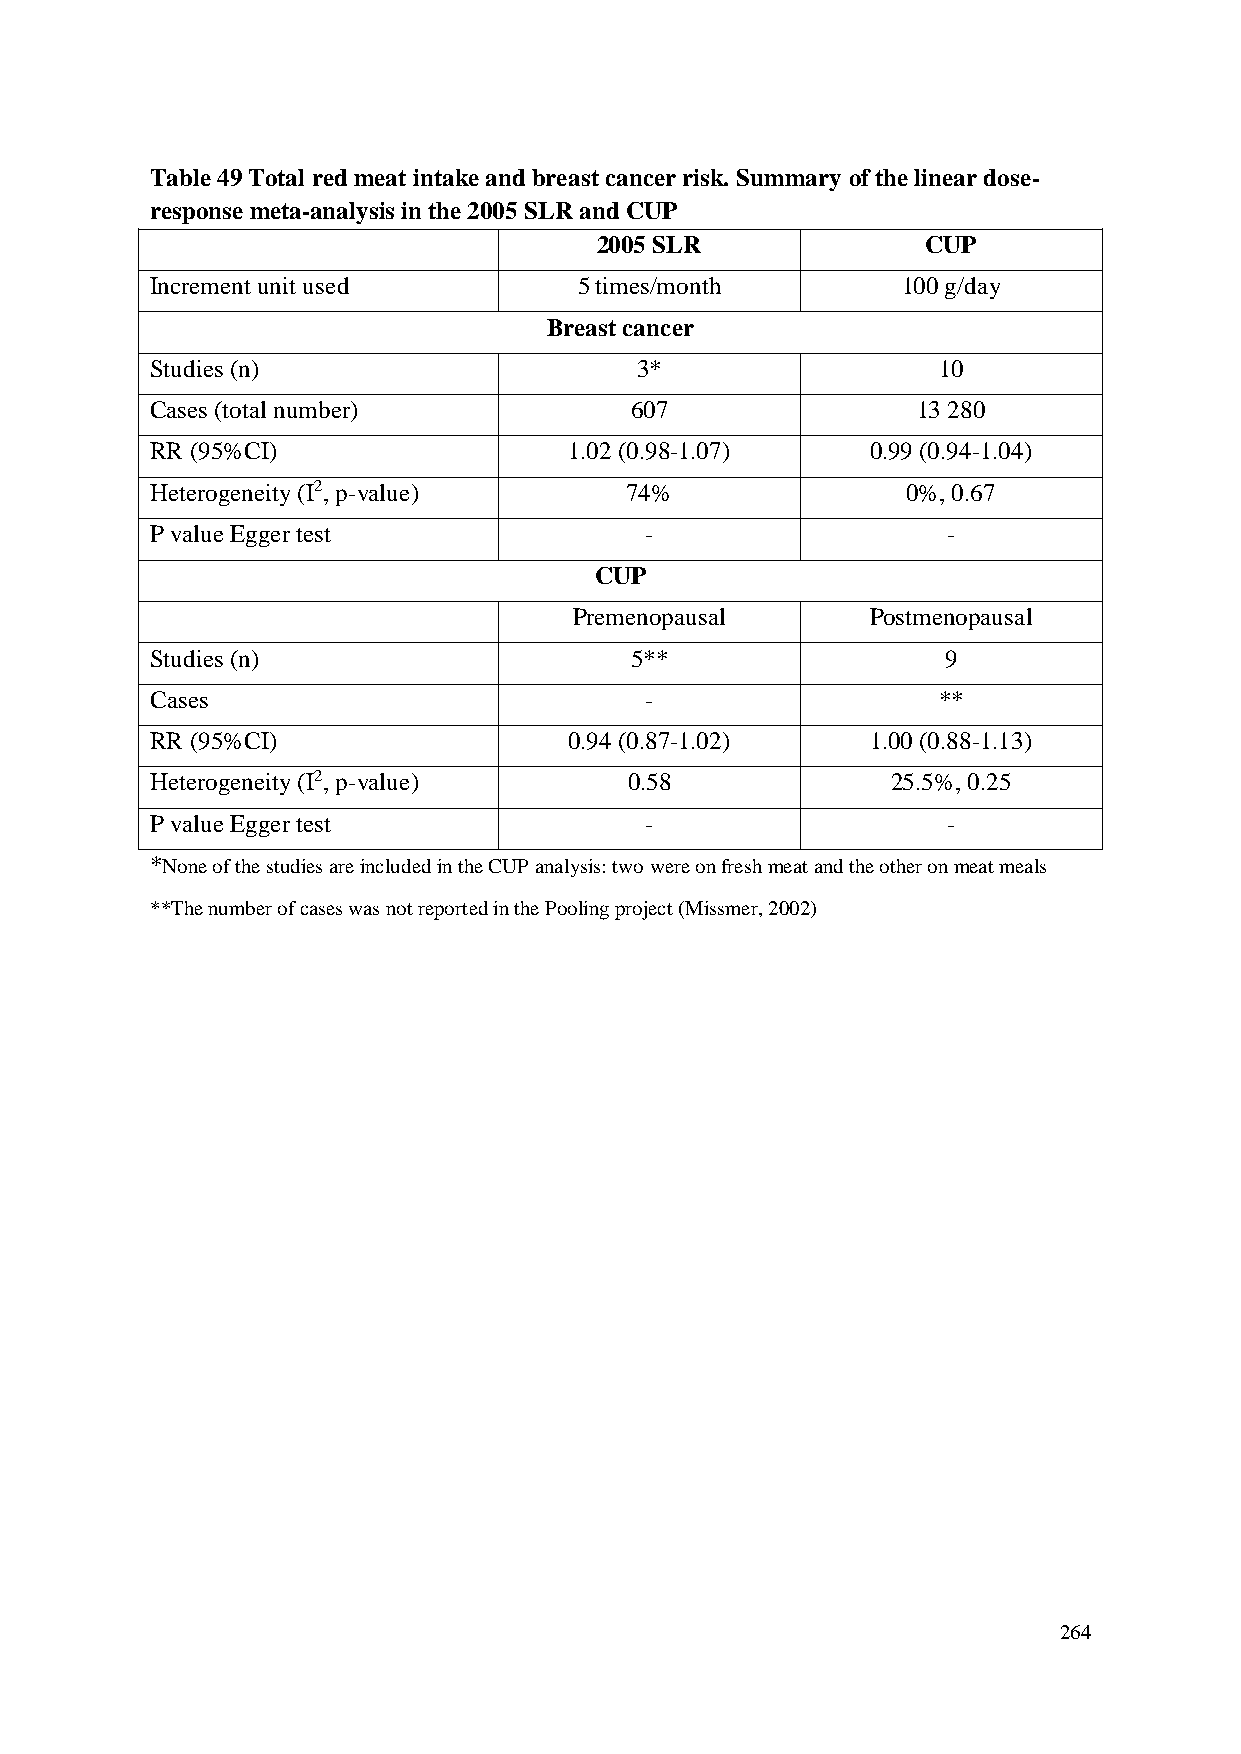
Table 49 Total red meat intake and breast cancer risk. Summary of the linear dose-
 response meta-analysis in the 2005 SLR and CUP
 2005 SLR              CUP
 Increment unit used         5 times/month         100 g/day
 Breast cancer
 Studies (n)                     3*                  10
 Cases (total number)            607                13 280
 RR (95%CI)                  1.02 (0.98-1.07)    0.99 (0.94-1.04)
 Heterogeneity (I2, p-value)    74%                0%, 0.67
 P value Egger test               -                   -
 CUP
 Premenopausal       Postmenopausal
 Studies (n)                     5**                  9
 Cases                            -                  **
 RR (95%CI)                  0.94 (0.87-1.02)    1.00 (0.88-1.13)
 Heterogeneity (I2, p-value)     0.58             25.5%, 0.25
 P value Egger test               -                   -
 *None of the studies are included in the CUP analysis: two were on fresh meat and the other on meat meals
 **The number of cases was not reported in the Pooling project (Missmer, 2002)
 264